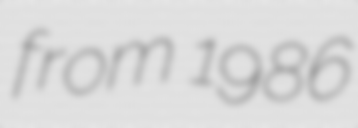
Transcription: from 1986